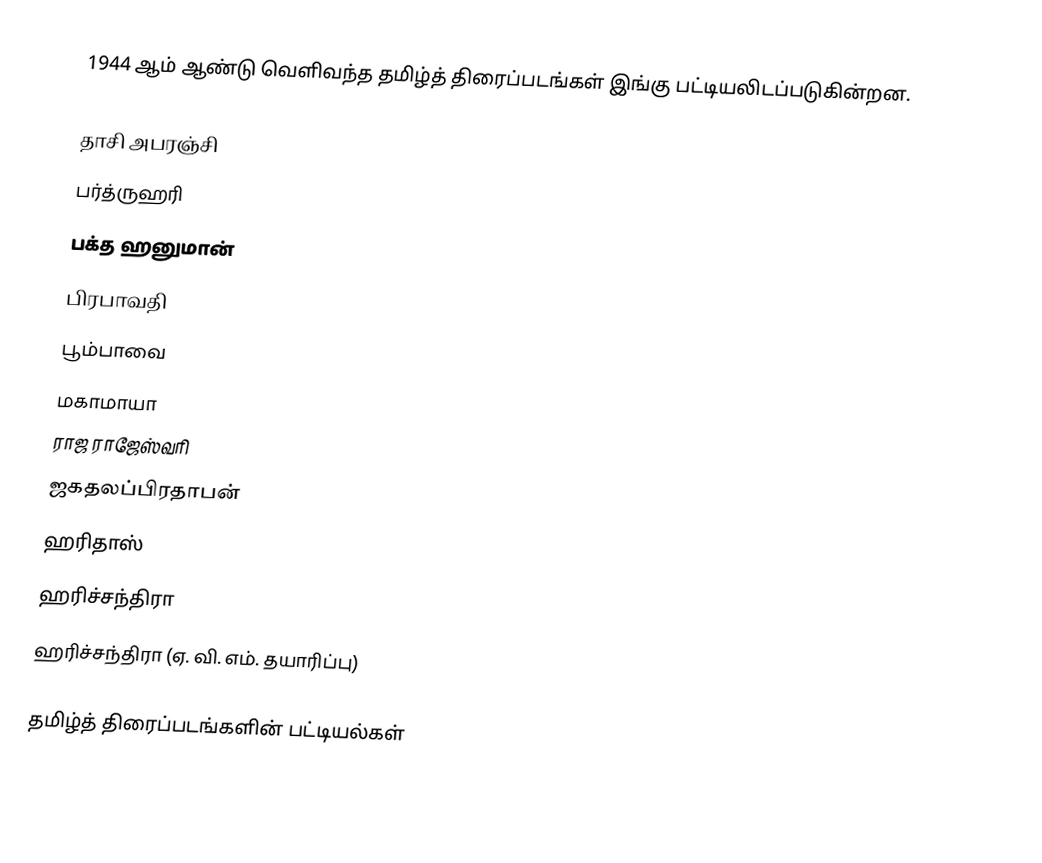
1944 ஆம் ஆண்டு வெளிவந்த தமிழ்த் திரைப்படங்கள் இங்கு பட்டியலிடப்படுகின்றன.

 தாசி அபரஞ்சி
 பர்த்ருஹரி
 பக்த ஹனுமான்
 பிரபாவதி
 பூம்பாவை
 மகாமாயா
 ராஜ ராஜேஸ்வரி
 ஜகதலப்பிரதாபன்
 ஹரிதாஸ்
 ஹரிச்சந்திரா
 ஹரிச்சந்திரா (ஏ. வி. எம். தயாரிப்பு)

தமிழ்த் திரைப்படங்களின் பட்டியல்கள்